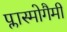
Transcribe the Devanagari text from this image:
प्लास्मोगैमी